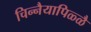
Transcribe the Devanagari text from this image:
चिन्नैयापिळ्ळै